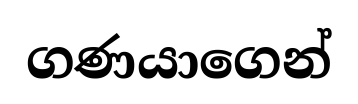
ගණයාගෙන්